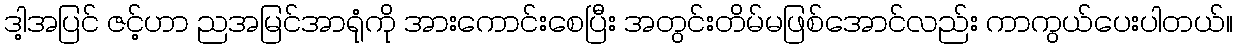
ဒါ့အပြင် ဇင့်ဟာ ညအမြင်အာရုံကို အားကောင်းစေပြီး အတွင်းတိမ်မဖြစ်အောင်လည်း ကာကွယ်ပေးပါတယ်။